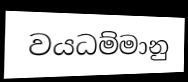
වයධම්මානු